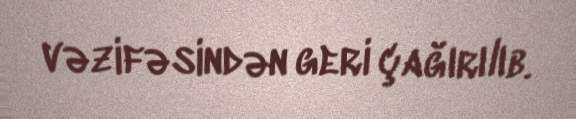
vəzifəsindən geri çağırılıb.